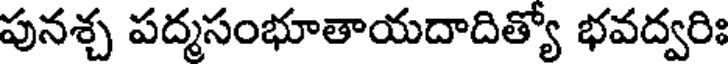
పునశ్చ పద్మసంభూతాయదాదిత్యో భవద్వరిః